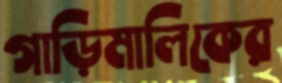
গাড়িমালিকের